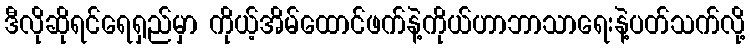
ဒီလိုဆိုရင်ရေရှည်မှာ ကိုယ့်အိမ်ထောင်ဖက်နဲ့ကိုယ်ဟာဘာသာရေးနဲ့ပတ်သက်လို့